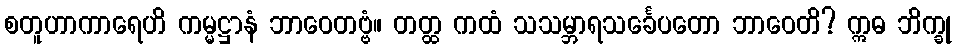
စတူဟာကာရေဟိ ကမ္မဋ္ဌာနံ ဘာဝေတဗ္ဗံ။ တတ္ထ ကထံ သသမ္ဘာရသင်္ခေပတော ဘာဝေတိ? ဣဓ ဘိက္ခု